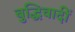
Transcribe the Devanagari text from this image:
बुद्धिवादीं